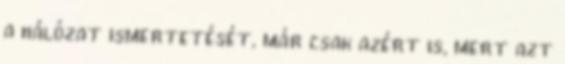
a hálózat ismertetését, már csak azért is, mert azt